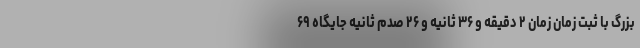
بزرگ با ثبت زمان زمان ۲ دقیقه و ۳۶ ثانیه و ۲۶ صدم ثانیه جایگاه ۶۹